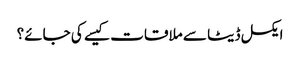
ایکسل ڈیٹا سے ملاقات کیسے کی جائے؟